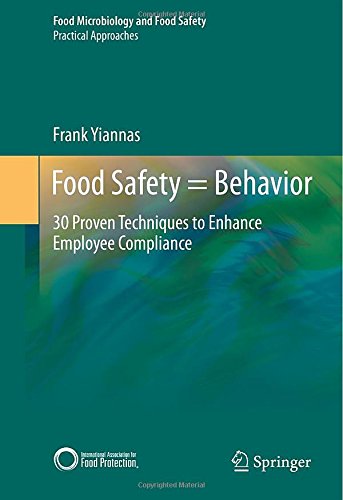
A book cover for Food Safety = Behavior: 30 Proven Techniques to Enhance Employee Compliance (Food Microbiology and Food Safety); Frank Yiannas; Medical Books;